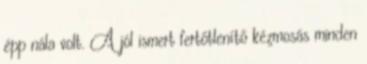
épp nála volt. A jól ismert fertőtlenítő kézmosás minden